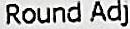
ROUND ADJ